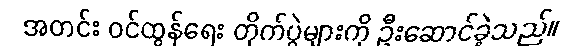
အတင်း ဝင်ထွန်ရေး တိုက်ပွဲများကို ဦးဆောင်ခဲ့သည်။